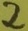
Text: 2